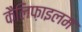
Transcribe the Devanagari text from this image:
कैलिफ़ाइलम